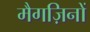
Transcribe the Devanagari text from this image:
मैगज़िनों